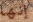
إنها